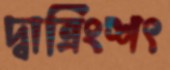
দ্বাত্রিংশৎ